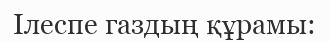
Ілеспе газдың құрамы: